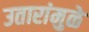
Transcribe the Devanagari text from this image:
उतारांमुळे